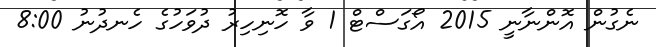
ނެގުން އޮންނާނީ 2015 އޯގަސްޓް 1 ވާ ހޮނިހިރު ދުވަހުގެ ހެނދުނު 8:00